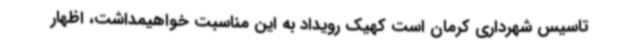
تاسیس شهرداری کرمان است کهیک رویداد به این مناسبت خواهیمداشت، اظهار